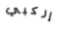
إركبي